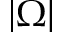
| \Omega |